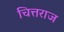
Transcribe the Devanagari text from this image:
चित्तराज